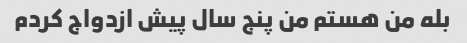
بله من هستم من پنج سال پیش ازدواج کردم